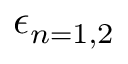
\epsilon _ { n = 1 , 2 }